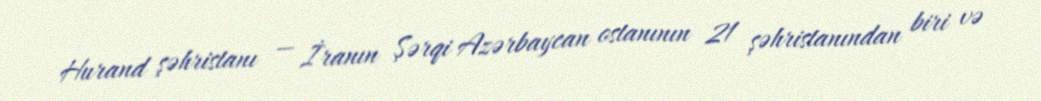
Hurand şəhristanı — İranın Şərqi Azərbaycan ostanının 21 şəhristanından biri və